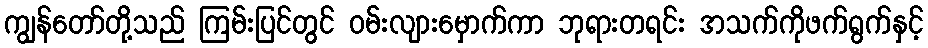
ကျွန်တော်တို့သည် ကြမ်းပြင်တွင် ဝမ်းလျားမှောက်ကာ ဘုရားတရင်း အသက်ကိုဖက်ရွက်နှင့်